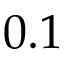
0 . 1